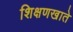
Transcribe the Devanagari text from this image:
शिक्षणखाते